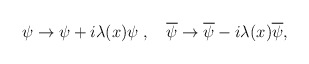
\begin{align*}\psi\rightarrow \psi +i\lambda(x)\psi\;,\quad \overline\psi\rightarrow \overline\psi -i\lambda(x)\overline\psi ,\end{align*}